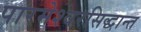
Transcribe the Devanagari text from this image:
पारमेश्वरसिद्धान्त